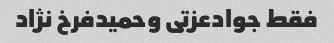
فقط جوادعزتی وحمیدفرخ نژاد